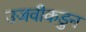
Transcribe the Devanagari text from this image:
उजवीकडुन